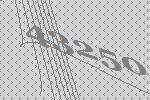
43250